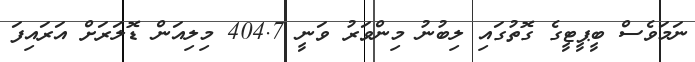
ނަމަވެސް ބީޕީޓީގެ ގޮތުގައި ލިބުނު މިންވަރު ވަނީ 404.7 މިލިއަން ޑޮލަރަށް އަރައިފަ